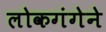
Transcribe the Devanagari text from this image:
लोकगंगेने